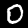
Label: 0